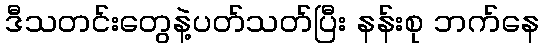
ဒီသတင်းတွေနဲ့ပတ်သတ်ပြီး နန်းစု ဘက်နေ